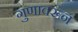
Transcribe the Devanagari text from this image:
गुणावरून